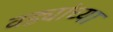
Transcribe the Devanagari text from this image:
वड्यांच्या